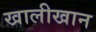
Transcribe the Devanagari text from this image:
खालीखान